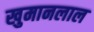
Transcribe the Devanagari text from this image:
खुमानलाल